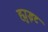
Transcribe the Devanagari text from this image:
ह्युइट